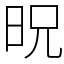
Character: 㫛